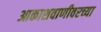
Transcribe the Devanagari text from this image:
आकाशवाणीवरच्‍या